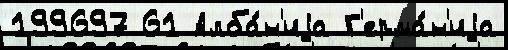
199697 61 Алба́н'иjа Г'ерма́н'иjа